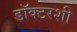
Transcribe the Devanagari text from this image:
डॉक्टरशी